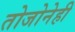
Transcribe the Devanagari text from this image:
तोजोनेही